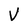
Character: V